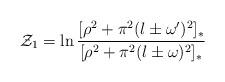
LaTeX: \begin{align*}{\cal Z}_1=\ln\frac{[\rho^2+\pi^2( l\pm\omega')^2]_*}{[\rho^2+\pi^2( l\pm\omega)^2]_*}\end{align*}